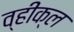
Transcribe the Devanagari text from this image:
व्हीक्ल